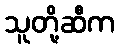
သူတို့ဆီက